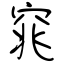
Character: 窕